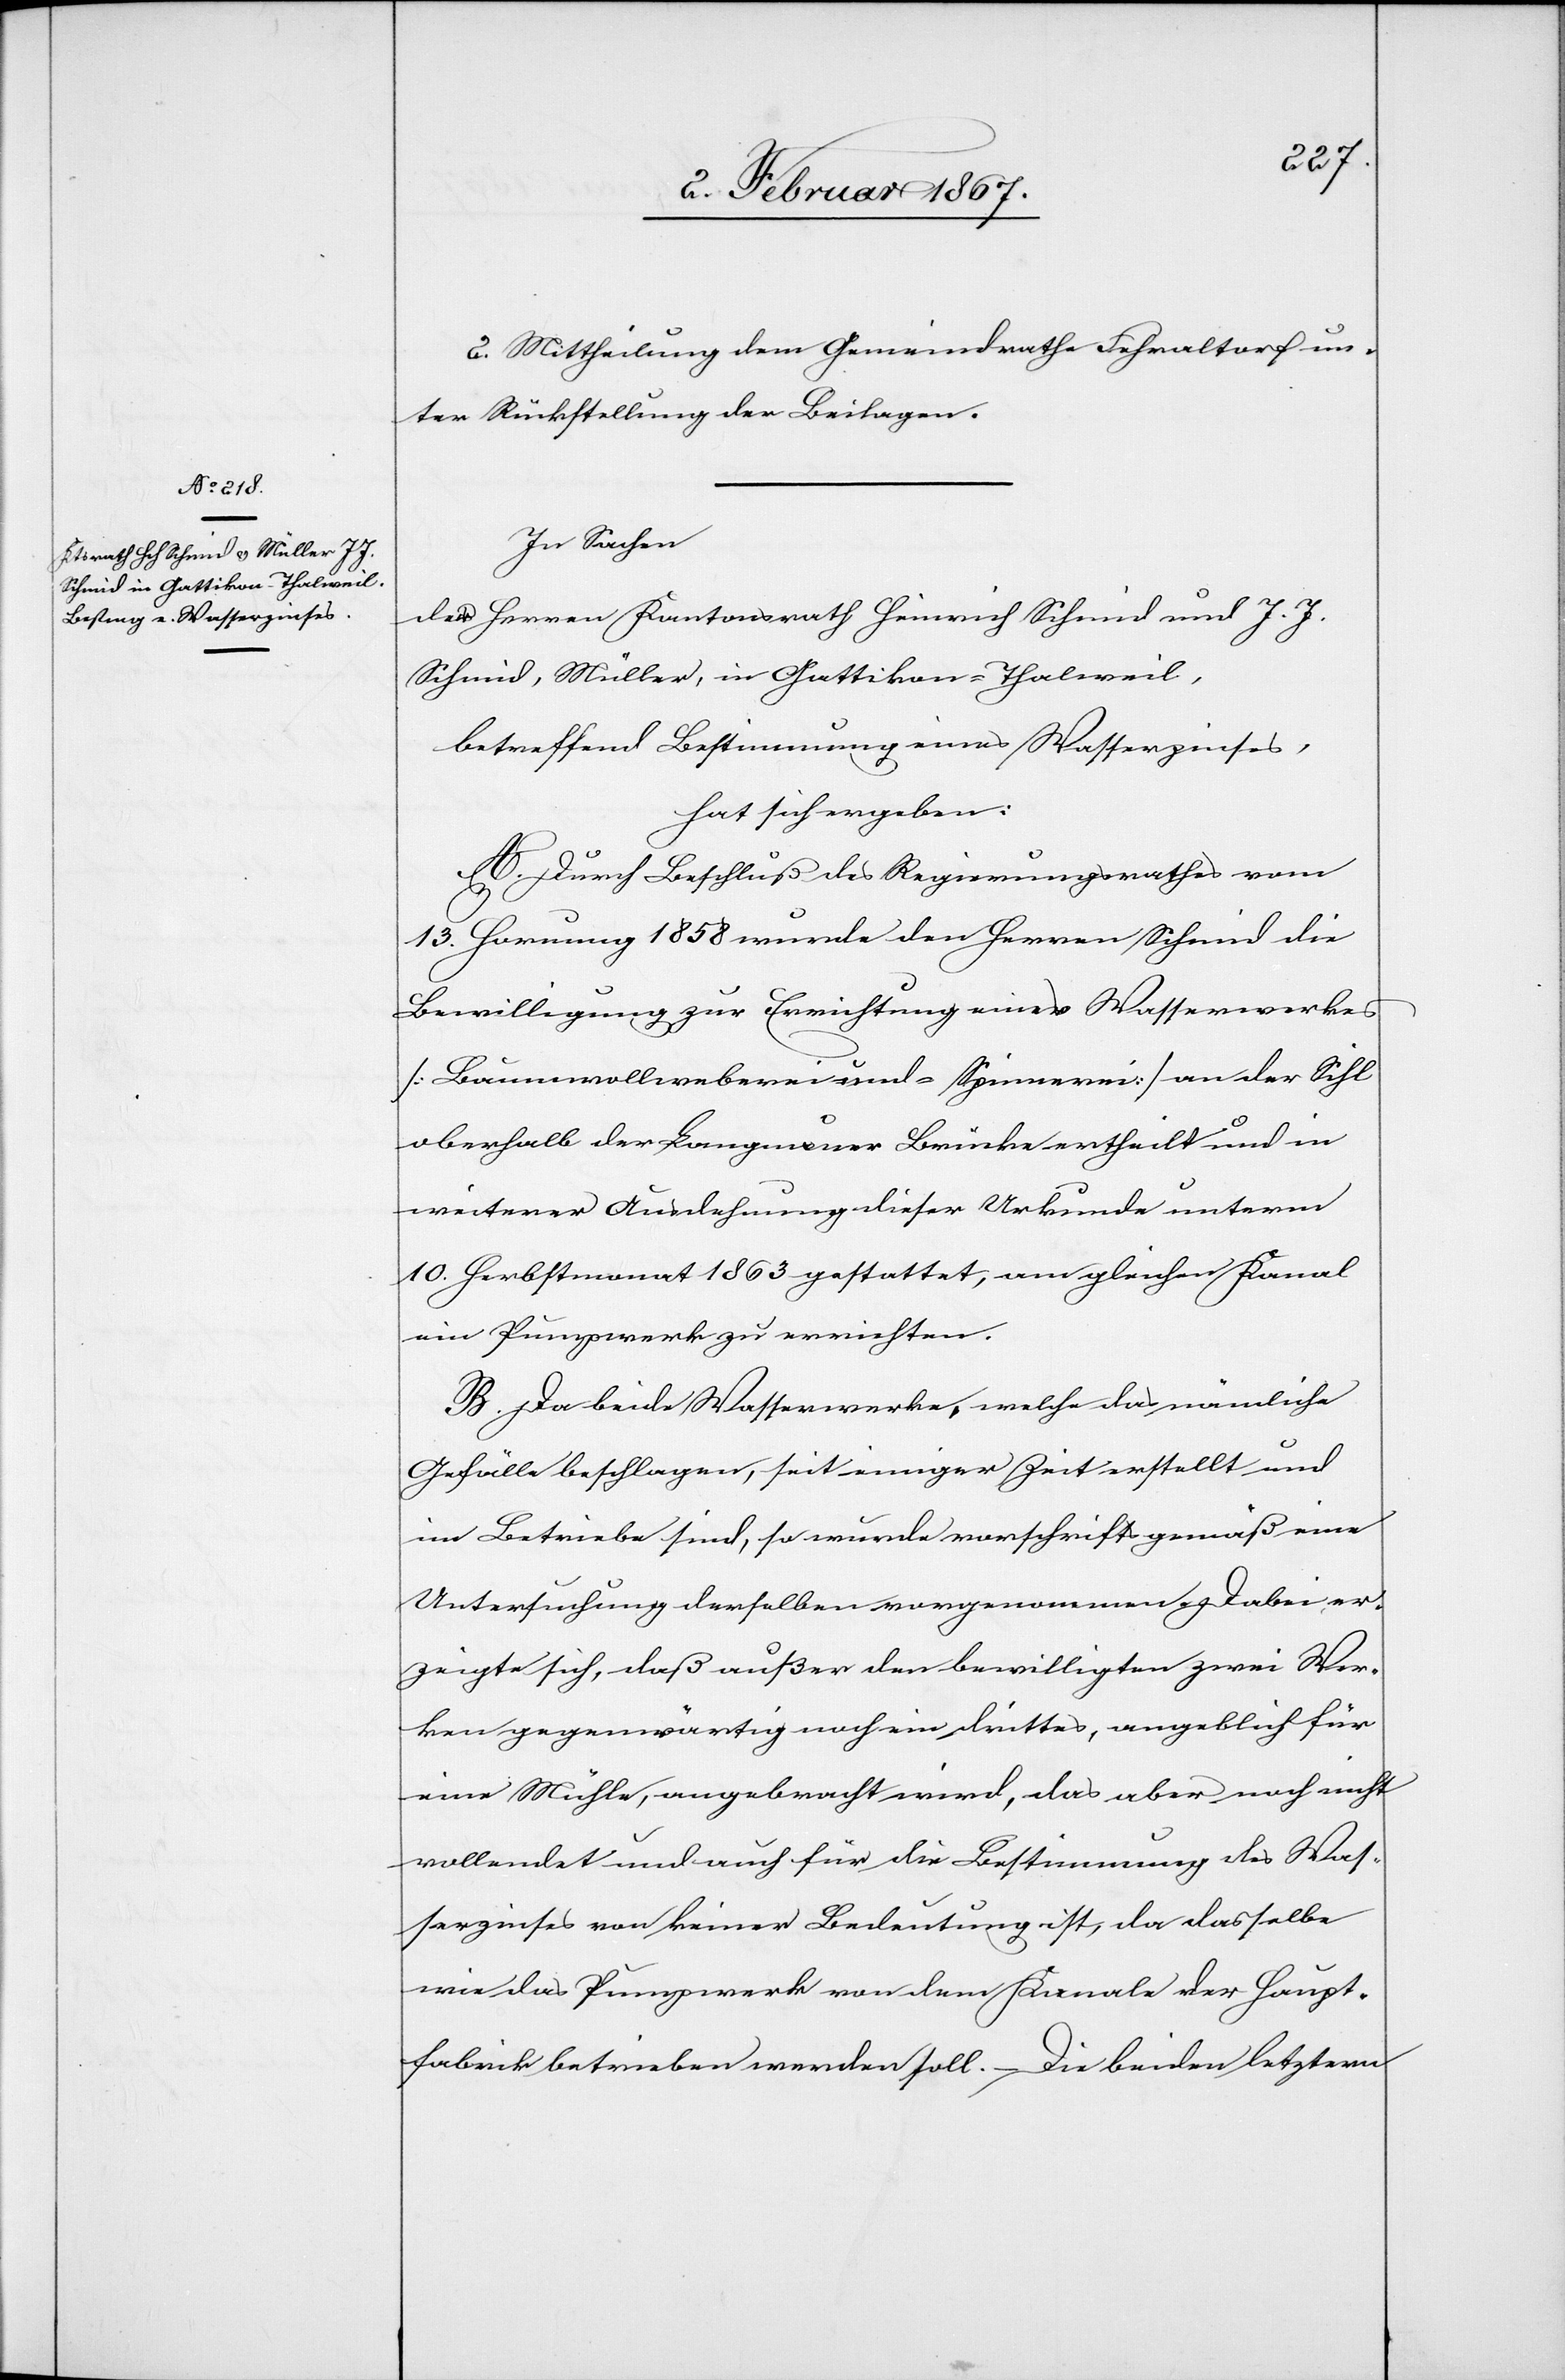
2. Mittheilung dem Gemeindrathe Fehraltorf un¬
ter Rückstellung der Beilagen.
In Sachen
der Herren Kantonsrath Heinrich Schmid und J. J.
Schmid, Müller, in Gattikon-Thalweil,
betreffend Bestimmung eines Wasserzinses,
hat sich ergeben:
A. Durch Beschluß des Regierungsrathes vom
13. Hornung 1858 wurde den Herren Schmid die
Bewilligung zur Errichtung eines Wasserwerkes
[Baumwollweberei und -Spinnerei] an der Sihl
oberhalb der Langnauer Brücke ertheilt und in
weiterer Ausdehnung dieser Urkunde unterm
10. Herbstmonat 1863 gestattet, am gleichen Kanal
ein Pumpwerk zu errichten.
B. Da beide Wasserwerke, welche das nämliche
Gefälle beschlagen, seit einiger Zeit erstellt und
im Betriebe sind, so wurde vorschriftsgemäß eine
Untersuchung derselben vorgenommen. Dabei er¬
zeigte sich, daß außer den bewilligten zwei Wer¬
ken gegenwärtig noch ein drittes, angeblich für
eine Mühle, angebracht wird, das aber noch nicht
vollendet und auch für die Bestimmung des Was¬
serzinses von keiner Bedeutung ist, da dasselbe
wie das Pumpwerk von dem Kanale der Haupt¬
fabrik betrieben werden soll. Die beiden letztern